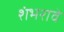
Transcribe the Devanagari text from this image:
शंभरावे